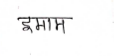
मजकूर: इमाम